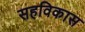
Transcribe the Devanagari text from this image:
सहविकास